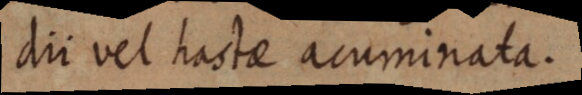
dii vel hactae acuminata.